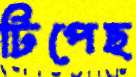
টিপেছ